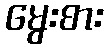
မွေးစား